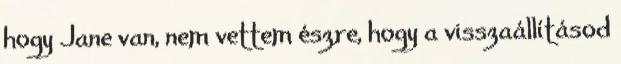
hogy Jane van, nem vettem észre, hogy a visszaállításod